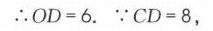
\(\therefore OD = 6.\ \because CD = 8,\)